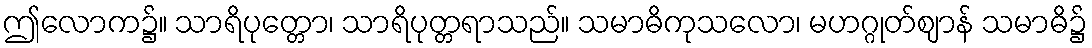
ဤလောက၌။ သာရိပုတ္တော၊ သာရိပုတ္တရာသည်။ သမာဓိကုသလော၊ မဟဂ္ဂုတ်ဈာန် သမာဓိ၌